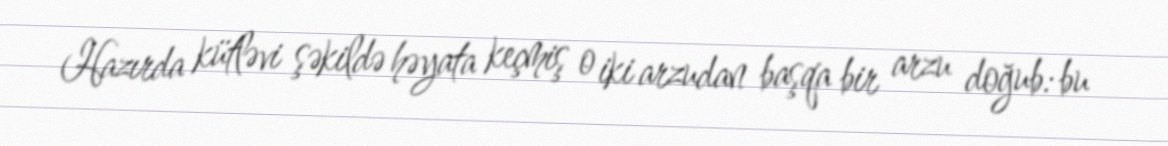
Hazırda kütləvi şəkildə həyata keçmiş o iki arzudan başqa bir arzu doğub: bu